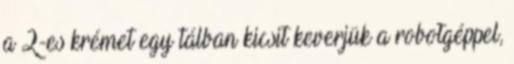
a 2-es krémet egy tálban kicsit keverjük a robotgéppel,